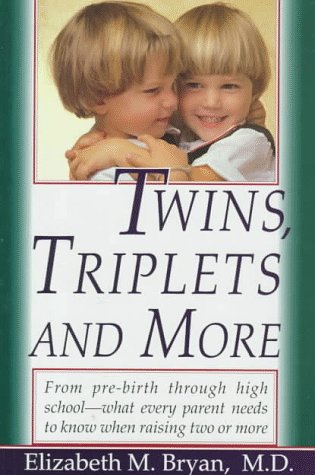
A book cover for Twins, Triplets, and More: Their Nature, Development and Care; Elizabeth Bryan; Parenting & Relationships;